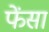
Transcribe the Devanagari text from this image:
फेंसा